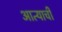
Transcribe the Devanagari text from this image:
आत्याची